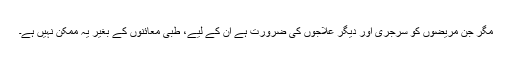
مگر جن مریضوں کو سرجری اور دیگر علاجوں کی ضرورت ہے ان کے لیے، طبی معائنوں کے بغیر یہ ممکن نہیں ہے۔